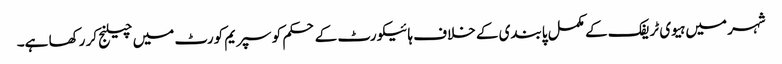
شہر میں ہیوی ٹریفک کے مکمل پابندی کے خلاف ہائیکورٹ کے حکم کو سپریم کورٹ میں چیلنج کر رکھا ہے۔